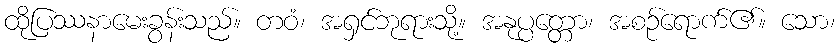
ထိုပြဿနာမေးခွန်းသည်။ တဝံ၊ အရှင်ဘုရားသို့။ အနုပ္ပတ္တော၊ အစဉ်ရောက်၏။ သော၊